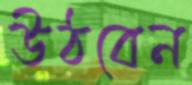
উঠবেন